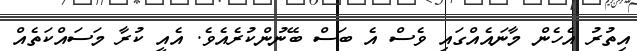
އިތުރު އެހެން މާނައެއްގައި ވެސް އެ ބަސް ބޭނުންކުރެއެވެ. އެއީ ކުރާ މަސައްކަތެއް